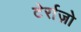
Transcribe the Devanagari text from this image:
टेर्राज़ो